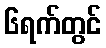
၆ရက်တွင်